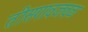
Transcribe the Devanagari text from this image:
तीसगावजवळ